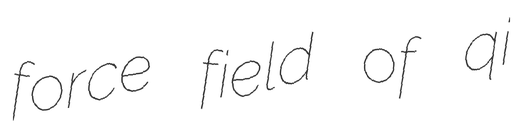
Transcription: force field of qi